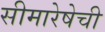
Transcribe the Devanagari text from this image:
सीमारेषेची